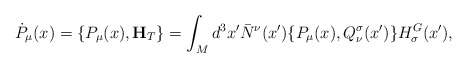
\begin{align*}{}\dot{P}_\mu (x) = \{ P_\mu (x), {\bf H}_T \} = \int_M d^3x' \bar{N}^\nu(x') \{ P_\mu(x), Q^\sigma_\nu (x') \} H^G_\sigma (x'),\end{align*}